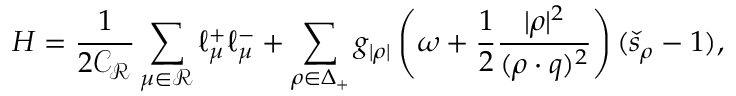
{ \cal H } = \frac { 1 } { 2 \mathcal { C _ { R } } } \sum _ { \mu \in \mathcal { R } } \ell _ { \mu } ^ { + } \ell _ { \mu } ^ { - } + \sum _ { \rho \in \Delta _ { + } } g _ { | \rho | } \left( \omega + \frac { 1 } { 2 } { \frac { | \rho | ^ { 2 } } { ( \rho \cdot q ) ^ { 2 } } } \right) ( \check { s } _ { \rho } - 1 ) ,